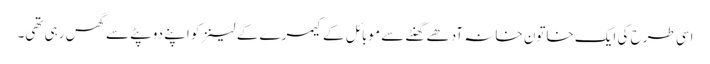
اسی طرح کی ایک خاتون خانہ آدھے گھنٹے سے موبائل کے کیمرے کے لینز کو اپنے دوپٹے سے گھس رہی تھی۔